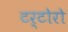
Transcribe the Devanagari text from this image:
टर्टोरो